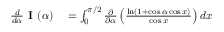
\begin{array} { r l } { { \frac { d } { d \alpha } } { \textbf { I } } ( \alpha ) } & { { } = \int _ { 0 } ^ { \pi / 2 } { \frac { \partial } { \partial \alpha } } \left( { \frac { \ln ( 1 + \cos \alpha \cos x ) } { \cos x } } \right) d x } \end{array}